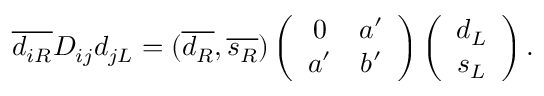
\overline { { { d _ { i R } } } } D _ { i j } d _ { j L } = ( \overline { { { d _ { R } } } } , \overline { { { s _ { R } } } } ) \left( \begin{array} { c c } { { 0 } } & { { a ^ { \prime } } } \\ { { a ^ { \prime } } } & { { b ^ { \prime } } } \end{array} \right) \left( \begin{array} { c } { { d _ { L } } } \\ { { s _ { L } } } \end{array} \right) .